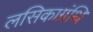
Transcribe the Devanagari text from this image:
लसिकाग्रंथि